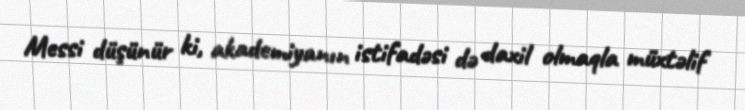
Messi düşünür ki, akademiyanın istifadəsi də daxil olmaqla müxtəlif